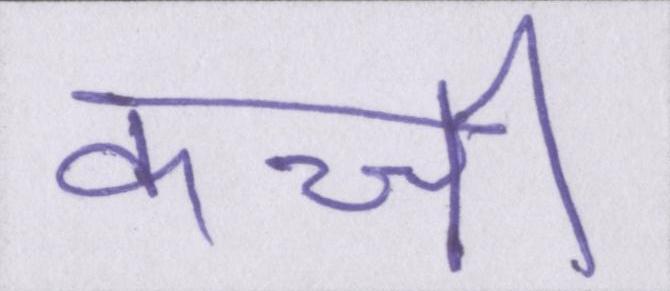
कच्ची